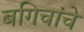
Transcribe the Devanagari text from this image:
बगिचांचे